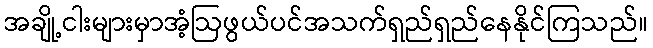
အချို့ငါးများမှာအံ့ဩဖွယ်ပင်အသက်ရှည်ရှည်နေနိုင်ကြသည်။